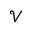
\mathcal { V }